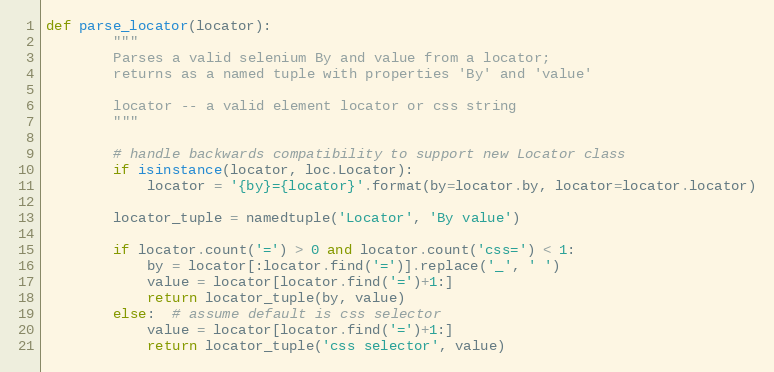
Language: Python
def parse_locator(locator):
        """
        Parses a valid selenium By and value from a locator;
        returns as a named tuple with properties 'By' and 'value'

        locator -- a valid element locator or css string
        """

        # handle backwards compatibility to support new Locator class
        if isinstance(locator, loc.Locator):
            locator = '{by}={locator}'.format(by=locator.by, locator=locator.locator)

        locator_tuple = namedtuple('Locator', 'By value')

        if locator.count('=') > 0 and locator.count('css=') < 1:
            by = locator[:locator.find('=')].replace('_', ' ')
            value = locator[locator.find('=')+1:]
            return locator_tuple(by, value)
        else:  # assume default is css selector
            value = locator[locator.find('=')+1:]
            return locator_tuple('css selector', value)